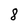
Character: 8